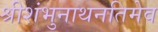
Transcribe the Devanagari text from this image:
श्रीशंभुनाथनतिमेव